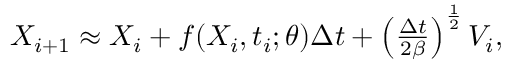
\begin{array} { r } { X _ { i + 1 } \approx X _ { i } + f ( X _ { i } , t _ { i } ; \theta ) \Delta t + \left( \frac { \Delta t } { 2 \beta } \right) ^ { \frac { 1 } { 2 } } V _ { i } , } \end{array}